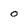
Character: o